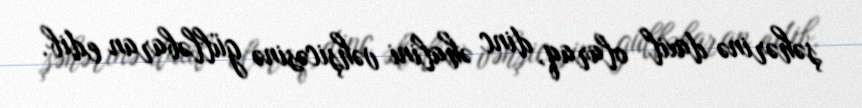
şəhərinə daxil olaraq, dinc əhalini vəhşicəsinə gülləbaran edib.